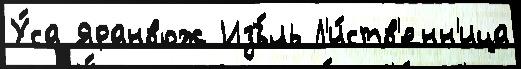
У́са Яранвож Изъ́ль Л'и́ств'енн'ица